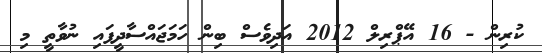
ކުރިން - 16 އޭޕްރިލް 2012 އަދިވެސް ބިން ހަމަޖައްސާދީފައި ނުވާތީ މި